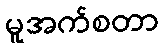
မူအက်စတာ